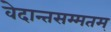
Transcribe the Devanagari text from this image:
वेदान्तसम्मतम्